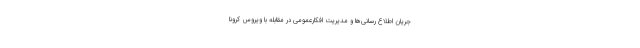
جریان اطلاع رسانی‌ها و مدیریت افکارعمومی در مقابله با ویروس کرونا